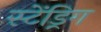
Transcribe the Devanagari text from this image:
स्टेंड्रिग